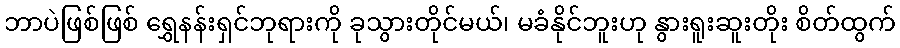
ဘာပဲဖြစ်ဖြစ် ရွှေနန်းရှင်ဘုရားကို ခုသွားတိုင်မယ်၊ မခံနိုင်ဘူးဟု နွားရူးဆူးတိုး စိတ်ထွက်